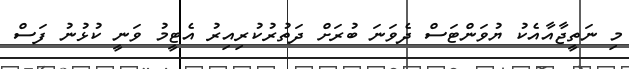
މި ނަތީޖާއާއެކު ޔުވަންޓަސް ދެވަނަ ބުރަށް ދަތުރުކުރިއިރު އެޓީމު ވަނީ ކުޅުނު ފަސް